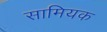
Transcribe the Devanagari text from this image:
सामियक